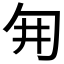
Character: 𭅆